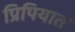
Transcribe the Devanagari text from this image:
प्रिपियात